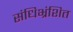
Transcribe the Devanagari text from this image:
संधिभ्रंशित